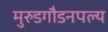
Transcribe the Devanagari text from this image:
मुरुडगौडनपल्य